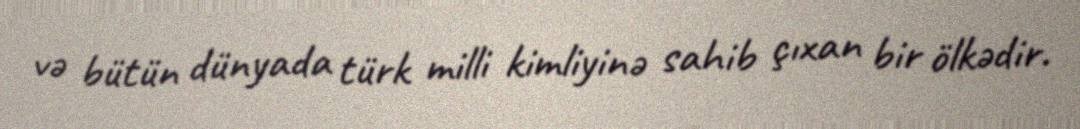
və bütün dünyada türk milli kimliyinə sahib çıxan bir ölkədir.